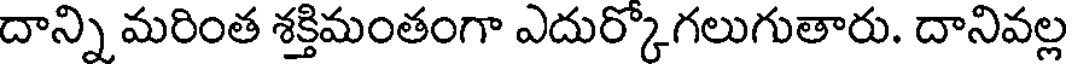
దాన్ని మరింత శక్తిమంతంగా ఎదుర్కొగలుగుతారు. దానివల్ల